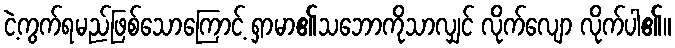
ငဲ့ကွက်ရမည်ဖြစ်သောကြောင့် ရှာမာ၏သဘောကိုသာလျှင် လိုက်လျော လိုက်ပါ၏။